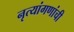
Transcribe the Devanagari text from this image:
नृत्यांगणांची